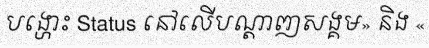
បង្ហោះ Status នៅលើបណ្តាញសង្គម» និង «